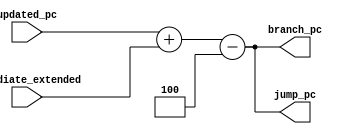
//Branch Unit
//Function: Calculate the next pc in the case of a control instruction (branch or jump).
//Inputs:
//instruction: Instruction currently processed. The least significant bits are used for the calcualting the target pc in the case of a jump instruction. 
//branch_offset: Offset for a branch instruction. 
//updated_pc:  Current PC + 4.
//Outputs: 
//branch_pc: Target PC in the case of a branch instruction.
//jump_pc: Target PC in the case of a jump instruction.

module branch_unit#(
   parameter integer DATA_W     = 16
   )(
      input  wire signed [DATA_W-1:0]  updated_pc,
      input  wire signed [DATA_W-1:0]  immediate_extended,
      output reg  signed [DATA_W-1:0]  branch_pc,
      output reg  signed [DATA_W-1:0]  jump_pc
   );

   localparam  [DATA_W-1:0] PC_INCREASE= {{(DATA_W-3){1'b0}},3'd4};

   always@(*) branch_pc           = updated_pc + immediate_extended - PC_INCREASE;
   always@(*) jump_pc             = updated_pc + immediate_extended - PC_INCREASE;
  
endmodule